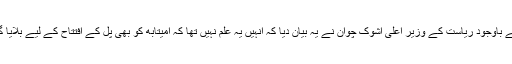
اس کے باوجود ریاست کے وزیر اعلی اشوک چوان نے یہ بیان دیا کہ انہیں یہ علم نہیں تھا کہ امیتابھ کو بھی پل کے افتتاح کے لیے بلایا گیا تھا۔